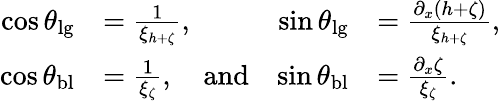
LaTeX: \begin{array}{rlrl}{\cos\theta_{\mathrm{lg}}}&{=\frac{1}{\xi_{h+\zeta}},}&{\sin\theta_{\mathrm{lg}}}&{=\frac{\partial_{x}(h+\zeta)}{\xi_{h+\zeta}},}\\ {\cos\theta_{\mathrm{bl}}}&{=\frac{1}{\xi_{\zeta}},\quad\mathrm{and}}&{\sin\theta_{\mathrm{bl}}}&{=\frac{\partial_{x}\zeta}{\xi_{\zeta}}.}\end{array}